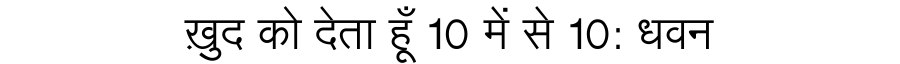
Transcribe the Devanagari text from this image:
ख़ुद को देता हूँ 10 में से 10: धवन